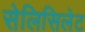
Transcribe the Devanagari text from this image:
सेलिसिलेट